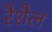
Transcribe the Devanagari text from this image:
रैशैल